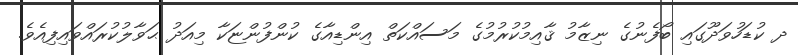
ދ ކުޑަހުވަދޫގައި ބޯފެނުގެ ނިޒާމު ޤާއިމުކުރުމުގެ މަސައްކަތް އިންޑިއާގެ ކުންފުންޏަކާ މިއަދު ޙަވާލުކުރައްވައިފިއެވެ.